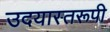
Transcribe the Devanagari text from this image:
उदयास्तरूपी